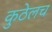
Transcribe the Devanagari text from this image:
कुठेलच